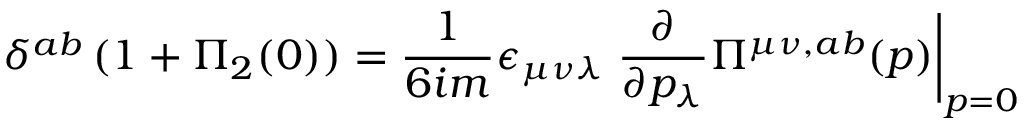
\delta ^ { a b } \, ( 1 + \Pi _ { 2 } ( 0 ) ) = { \frac { 1 } { 6 i m } } \epsilon _ { \mu \nu \lambda } \left. { \frac { \partial } { \partial p _ { \lambda } } } \Pi ^ { \mu \nu , a b } ( p ) \right| _ { p = 0 }